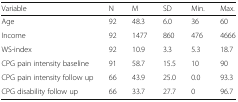
<table><thead><tr><td><b>Variable</b></td><td><b>N</b></td><td><b>M</b></td><td><b>SD</b></td><td><b>Min.</b></td><td><b>Max.</b></td></tr></thead><tbody><tr><td>Age</td><td>92</td><td>48.3</td><td>6.0</td><td>36</td><td>60</td></tr><tr><td>Income</td><td>92</td><td>1477</td><td>860</td><td>476</td><td>4666</td></tr><tr><td>WS-index</td><td>92</td><td>10.9</td><td>3.3</td><td>5.3</td><td>18.7</td></tr><tr><td>CPG pain intensity baseline</td><td>91</td><td>58.7</td><td>15.5</td><td>10</td><td>90</td></tr><tr><td>CPG pain intensity follow up</td><td>66</td><td>43.9</td><td>25.0</td><td>0.0</td><td>93.3</td></tr><tr><td>CPG disability follow up</td><td>66</td><td>33.7</td><td>27.7</td><td>0</td><td>96.7</td></tr></tbody></table>